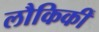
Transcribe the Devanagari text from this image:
लौकिकीं